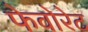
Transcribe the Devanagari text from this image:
फेवोरेट